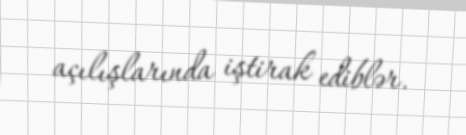
açılışlarında iştirak ediblər.